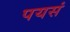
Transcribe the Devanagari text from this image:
पयसं